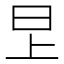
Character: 㫔